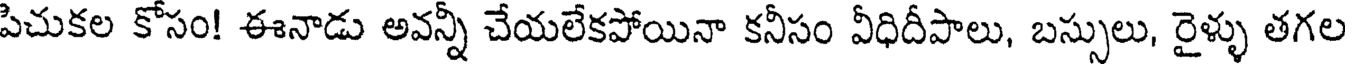
పిచుకల కోసం! ఈనాడు అవన్నీ చేయలేకపోయినా కనీసం వీధిదీపాలు, బస్సులు, రైళ్ళు తగల